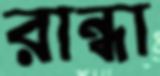
রান্ধা